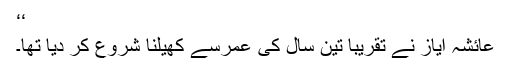
‘‘
عائشہ ایاز نے تقریباً تین سال کی عمرسے کھیلنا شروع کر دیا تھا۔